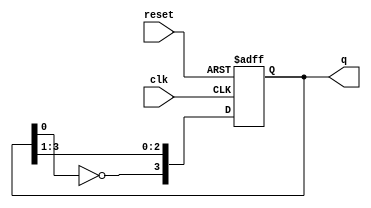
module johnson_counter (
    input wire clk,       // Clock input
    input wire reset,     // Reset input
    output reg [3:0] q    // 4-bit output
);

    // Initial state
    initial begin
        q = 4'b0000;      // Start with all flip-flops reset to 0
    end

    // Always block triggered on the rising edge of the clock or when reset
    always @(posedge clk or posedge reset) begin
        if (reset) begin
            q <= 4'b0000; // Reset the counter to 0000
        end else begin
            // Johnson counter logic
            q[3] <= ~q[0]; // Invert the output of the last flip-flop to the first
            q[2] <= q[3];  // Shift the values
            q[1] <= q[2];
            q[0] <= q[1];
        end
    end

endmodule